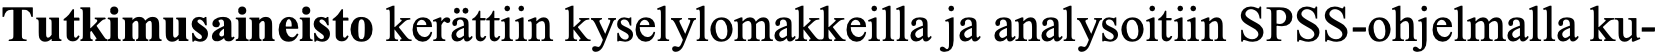
Tutkimusaineisto kerättiin kyselylomakkeilla ja analysoitiin SPSS-ohjelmalla ku-